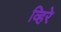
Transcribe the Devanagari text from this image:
व्हिरे